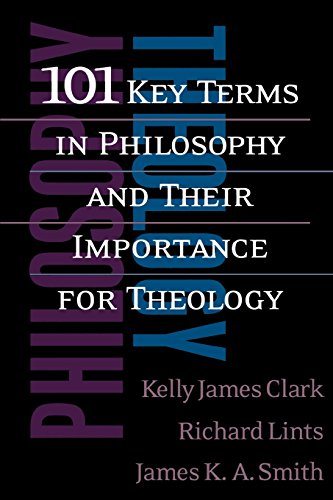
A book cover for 101 Key Terms in Philosophy and Their Importance for Theology; Kelly James Clark; Politics & Social Sciences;